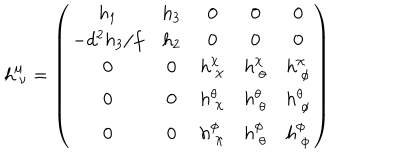
h _ { ~ \nu } ^ { \mu } = \left( \begin{array} { c c c c c } { { h _ { 1 } } } & { { h _ { 3 } } } & { { 0 } } & { { 0 } } & { { 0 } } \\ { { - d ^ { 2 } h _ { 3 } / f } } & { { h _ { 2 } } } & { { 0 } } & { { 0 } } & { { 0 } } \\ { { 0 } } & { { 0 } } & { { h _ { ~ \chi } ^ { \chi } } } & { { h _ { ~ \theta } ^ { \chi } } } & { { h _ { ~ \phi } ^ { \chi } } } \\ { { 0 } } & { { 0 } } & { { h _ { ~ \chi } ^ { \theta } } } & { { h _ { ~ \theta } ^ { \theta } } } & { { h _ { ~ \phi } ^ { \theta } } } \\ { { 0 } } & { { 0 } } & { { h _ { ~ \chi } ^ { \phi } } } & { { h _ { ~ \theta } ^ { \phi } } } & { { h _ { ~ \phi } ^ { \phi } } } \\ \end{array} \right)